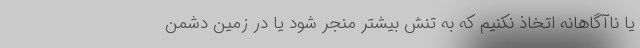
یا ناآگاهانه اتخاذ نکنیم که به تنش بیشتر منجر شود یا در زمین دشمن